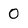
Character: O